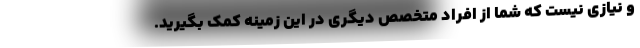
و نیازی نیست که شما از افراد متخصص دیگری در این زمینه کمک بگیرید.